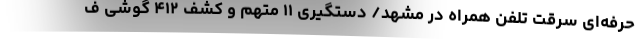
حرفه‌ای سرقت تلفن همراه در مشهد/ دستگیری ۱۱ متهم و کشف ۴۱۲ گوشی ف